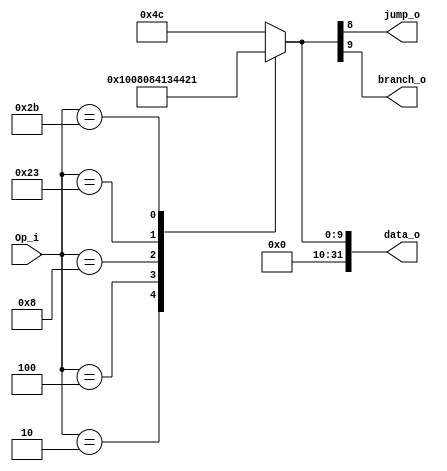
module Control
(
	Op_i,
	jump_o,
	branch_o,
	data_o
);

input 	[5:0] 	Op_i;
output 			jump_o,branch_o;
output	[31:0]	data_o;
reg 	[31:0] 	r;

/*r[0]=ALUSrc
r[2:1]=ALUOp
r[3]=RegDst
r[4]=MemRead
r[5]=MemWrite
r[6]=RegWrite
r[7]=MemToReg
r[8]=jump_o
r[9]=branch_o*/

assign data_o={{22{1'b0}},r};
assign branch_o=r[9];
assign jump_o=r[8];

initial begin
	r=10'b0;
end

always@(Op_i)begin
	case(Op_i)
		6'b000010:r <= 10'b0100000000;//jump
		6'b000100:r <= 10'b1000000010;//beq
		6'b001000:r <= 10'b0001000001;//addi
		6'b100011:r <= 10'b0011010001;//lw
		6'b101011:r <= 10'b0000100001;//sw
		default:r <= 10'b0001001100;
	endcase
end

endmodule